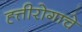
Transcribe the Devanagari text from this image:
ह्त्तीरोगाचे